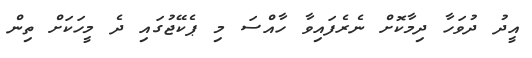
އީދު ދުވަހާ ދިމާކޮށް ނެރެފައިވާ ހާއްސަ މި ޕެކޭޖުގައި ދެ މީހަކަށް ތިން